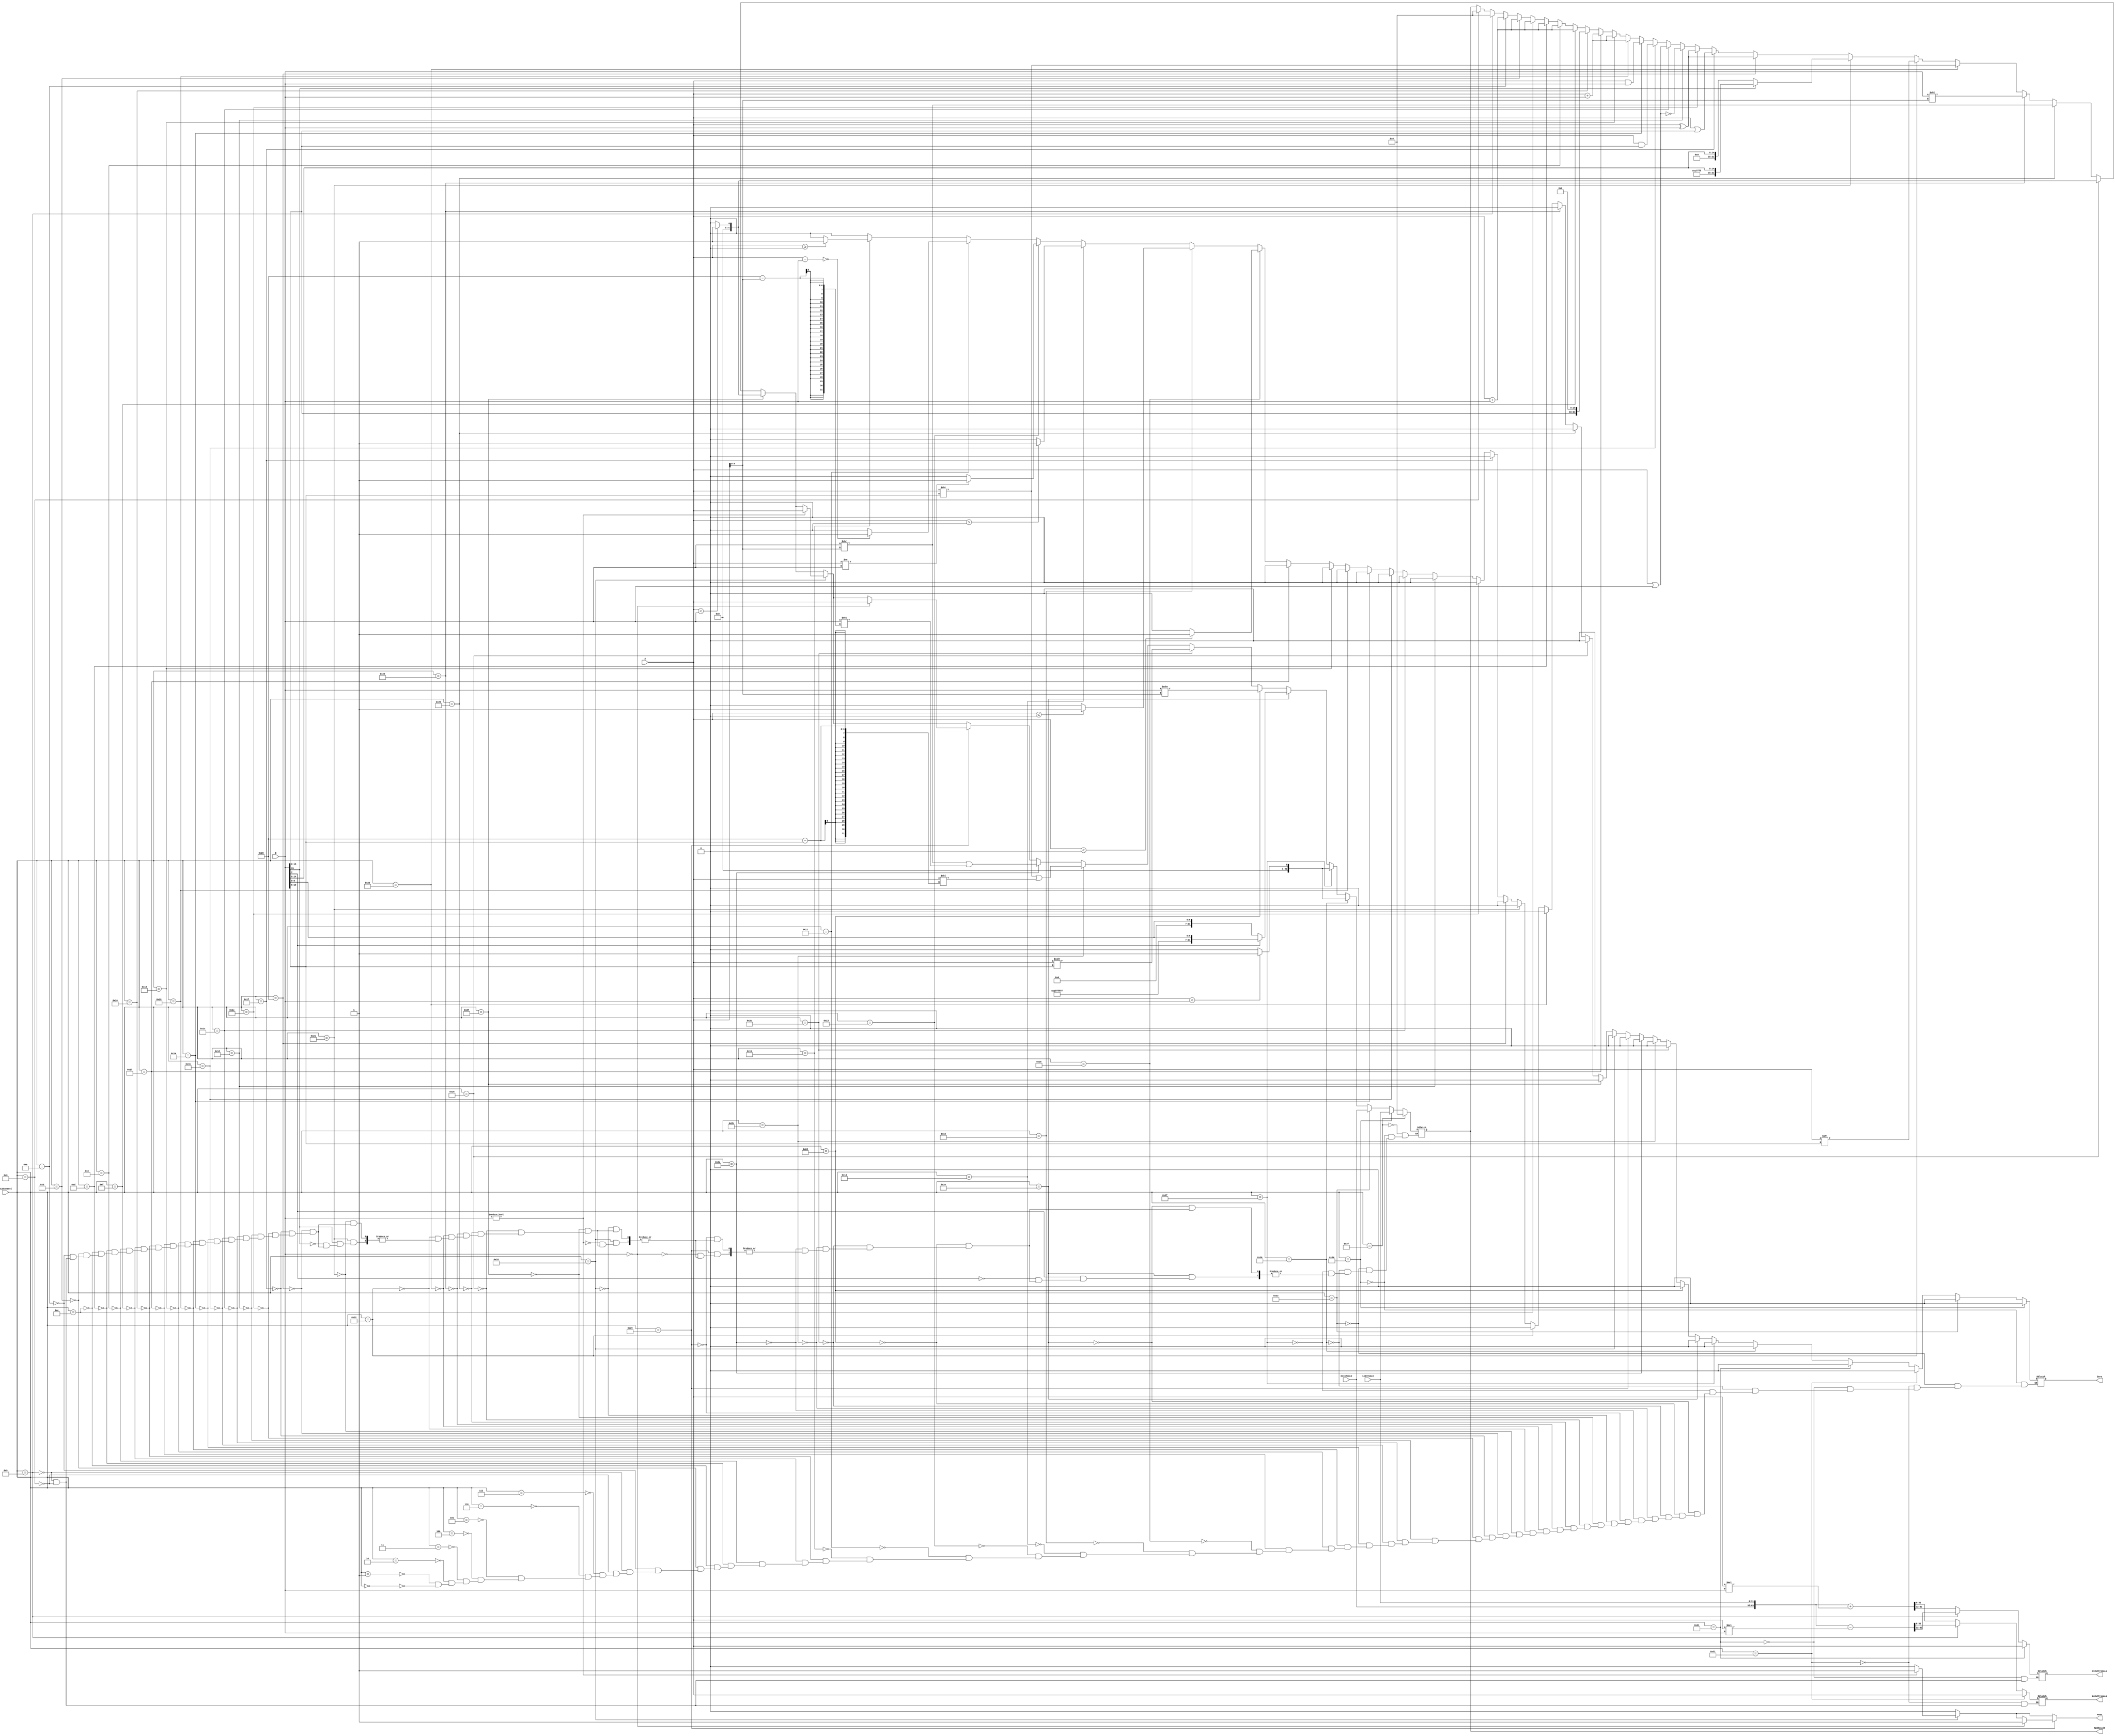
`timescale 1ns / 1ps

////////////////////////////////////////////////////////////////////////////////
// ECE369 - Computer Architecture
// 
// Module - ALU32Bit.v
// Description - 32-Bit wide arithmetic logic unit (ALU).
//
// INPUTS:-
// ALUControl: N-Bit input control bits to select an ALU operation.
// A: 32-Bit input port A.
// B: 32-Bit input port B.
//
// OUTPUTS:-
// ALUResult: 32-Bit ALU result output.
// ZERO: 1-Bit output flag. 
//
// FUNCTIONALITY:-
// Design a 32-Bit ALU, so that it supports all arithmetic operations 
// needed by the MIPS instructions given in Labs5-8.docx document. 
//   The 'ALUResult' will output the corresponding result of the operation 
//   based on the 32-Bit inputs, 'A', and 'B'. 
//   The 'Zero' flag is high when 'ALUResult' is '0'. 
//   The 'ALUControl' signal should determine the function of the ALU 
//   You need to determine the bitwidth of the ALUControl signal based on the number of 
//   operations needed to support. 
////////////////////////////////////////////////////////////////////////////////

module ALU32Bit(ALUControl, A, B, ALUResult, Zero,HiOutFromALU, LoOutFromALU, HiInToALU, LoInToALU,movn);

input [5:0] ALUControl; // control bits for ALU operation
// you need to adjust the bitwidth as needed
//Need to add something to the reg write so that it does nto write to the 
//ALU when the result of movz and movn is one    
input [31:0] A, B;	    // inputs
output reg [31:0] HiOutFromALU, LoOutFromALU;
output movn;
input [31:0] HiInToALU, LoInToALU;
reg [63:0]Temp2,Temp1;
output reg [31:0] ALUResult;	// answer
reg [63:0] Temp;
output reg Zero;	    // Zero=1 if ALUResult == 0
integer x;

always@*begin
x<=0;
HiOutFromALU<=0;
LoOutFromALU<=0;
if(ALUControl==6'b000000)begin//Add 
ALUResult <= $signed(A) + $signed(B);
Zero<=0;
end
if(ALUControl==6'b000001)begin//addi
ALUResult <= $signed(A) + $signed(B);
Zero<=0;
end
if(ALUControl==6'b000010)begin//addu
ALUResult <= A + B;
Zero<=0;
end
if(ALUControl==6'b000011)begin//addiu
ALUResult <= A + B;
Zero<=0;
end
if(ALUControl==6'b000100)begin//sub
ALUResult <= $signed(A) - $signed(B);
Zero<=0;
end
if(ALUControl==6'b000101)begin//mul
Temp = $signed(A) * $signed(B);
ALUResult<=Temp[31:0];
Zero<=0;
end
if(ALUControl==6'b000110)begin//mult
Temp = $signed(A) * $signed(B);
ALUResult <= 0; 
HiOutFromALU <= Temp[63:32];
LoOutFromALU <= Temp [31:0];
Zero<=0;
end
if(ALUControl==6'b000111)begin//multu
Temp = A * B;
ALUResult <= 0; 
HiOutFromALU <= Temp[63:32];
LoOutFromALU <= Temp [31:0];
Zero<=0;
end
if(ALUControl==6'b001000)begin//madd
//Temp = {HiInToALU, LoInToALU} + ($signed(A)*$signed(B));
Temp1 = {HiInToALU, LoInToALU};
Temp2 = $signed(A)*$signed(B);
Temp=Temp1+Temp2;
ALUResult = 0; 
HiOutFromALU = Temp[63:32];
LoOutFromALU = Temp [31:0];
Zero<=0;
end
if(ALUControl==6'b001001)begin//msub
Temp = {HiInToALU, LoInToALU} - ($signed(A)*$signed(B));
ALUResult <= 0; 
HiOutFromALU = Temp[63:32];
LoOutFromALU = Temp [31:0];
Zero<=0;
end



if(ALUControl==6'b001010)begin//lw
ALUResult <= $signed(A) + $signed(B);
Zero<=0;
end
if(ALUControl==6'b001011)begin//sw
ALUResult <= $signed(A) + $signed(B);
Zero<=0;
end
if(ALUControl==6'b001100)begin//sb
ALUResult <= $signed(A) + $signed(B);
Zero<=0;
end
if(ALUControl==6'b001101)begin//lh
ALUResult <= $signed(A) + $signed(B);
Zero<=0;
end
if(ALUControl==6'b001110)begin//lb
ALUResult <= $signed(A) + $signed(B);
Zero<=0;
end
if(ALUControl==6'b001111)begin//sh
ALUResult <= $signed(A) + $signed(B);
Zero<=0;
end
if(ALUControl==6'b010000)begin//lui
ALUResult <={B[15:0], 16'h0000};
Zero<=0;
end
if(ALUControl==6'b010001)begin//bgez//just do checks and 1 if the check is true
    if($signed(A)>=0)begin
    Zero<=1'b1;
    end
    else begin
    Zero<=1'b0;
    end
end
if(ALUControl==6'b010010)begin//beq
    if(($signed(A)-$signed(B))==0) begin
    Zero<=1'b1;
    end
    else begin
    Zero<=1'b0;
    end
end
if(ALUControl==6'b010011)begin//bne
    if($signed(A)!=$signed(B)) begin
    Zero<=1'b1;
    end
    else begin
    Zero<=1'b0;
    end
 
end
if(ALUControl==6'b010100)begin//bgtz
 if($signed(A)>0) begin
   Zero<=1'b1;
   end
   else begin
   Zero<=1'b0;
   end
    
end
if(ALUControl==6'b010101)begin//blez
  if($signed(A)<=0) begin
   Zero<=1'b1;
   end
   else begin
   Zero<=1'b0;
   end
end
if(ALUControl==6'b010110)begin//bltz
   if($signed(A)<0) begin
   Zero<=1'b1;
   end
   else begin
   Zero<=1'b0;
   end
end
if(ALUControl==6'b010111)begin//j
ALUResult <= A + B;
Zero<=0;
end
if(ALUControl==6'b011000)begin//jr
ALUResult <= A + B;
Zero<=0;
end
if(ALUControl==6'b011001)begin//jal
ALUResult <= A + B;
Zero<=0;
end
if(ALUControl==6'b011010)begin//and
ALUResult <= A&B;
Zero<=0;
end
if(ALUControl==6'b011011)begin//andI
ALUResult <= A&{16'B0000000000000000, B[15:0]};
Zero<=0;
end
if(ALUControl==6'b011100)begin//or
ALUResult <= A|B;
Zero<=0;
end
if(ALUControl==6'b011101)begin//nor
ALUResult <= ~(A|B);
Zero<=0;
end
if(ALUControl==6'b011110)begin//xor
ALUResult <= A^B;
Zero<=0;
end
if(ALUControl==6'b011111)begin//ori
ALUResult <= A|{16'h0000,B[15:0]};
Zero<=0;
end
if(ALUControl==6'b100000)begin//xor
ALUResult <= A^B;
Zero<=0;
end
if(ALUControl==6'b100001)begin//seh
 if (B[15]==0)begin
             ALUResult <= {16'b0000,B[15:0]};
   
         end
         else if(B[15]==1)begin
             ALUResult <= {16'hFFFF,B[15:0]};
         end
         Zero<=0;
end
if(ALUControl==6'b100010)begin//sll
ALUResult <= A<<B[10:6];//sll
Zero<=0;
end
if(ALUControl==6'b100011)begin//srl
ALUResult <= A>>B[10:6];//srl
Zero<=0;
end
if(ALUControl==6'b100100)begin//sllv
ALUResult <= B<<A[4:0];
Zero<=0;
end
if(ALUControl==6'b100101)begin//srlv
ALUResult <= B>>A[4:0];
Zero<=0;
end
if(ALUControl==6'b100110)begin//slt
if($signed(A)<$signed(B)) begin
ALUResult <= 1;
end
else begin
ALUResult<=0;
end
Zero<=0;
end
if(ALUControl==6'b100111)begin//slti
if($signed(A)<$signed(B)) begin
ALUResult <= 1;
end
else begin
ALUResult<=0;
end
Zero<=0;
end
if(ALUControl==6'b101000)begin//movn
if(B!=0) begin
ALUResult <=A;
x<=1;
end
Zero<=0;
end
if(ALUControl==6'b101001)begin//movz
if(B==0) begin
ALUResult <=A;
x<=1;
end
Zero<=0;
end
if(ALUControl==6'b101010)begin//rotrv
 ALUResult <= ((B >> A[4:0]) | (B << (32-A[4:0])));  
Zero<=0;
end
if(ALUControl==6'b101011)begin//rotr
 ALUResult <= ((A >> B[10:6]) | (A << (32-B[10:6])));   
Zero<=0;
end
if(ALUControl==6'b101100)begin//sra
ALUResult <= $signed(A)>>>B[10:6];
Zero<=0;
end
if(ALUControl==6'b101101)begin//srav
ALUResult <= $signed(B)>>>A[4:0];
Zero<=0;
end
if(ALUControl==6'b101110)begin//seb
    if (B[7]==1'b0)begin
        ALUResult <= {24'h000000,B[7:0]};

    end
    else if(B[7]==1'b1)begin
        ALUResult <= {24'hffffff,B[7:0]};
    end
    Zero<=0;
end
if(ALUControl==6'b101111)begin//sltiu
if(A<B) begin
ALUResult <= 1;
end
else begin
ALUResult<=0;
end
Zero<=0;
end
if(ALUControl==6'b110000)begin//sltu
if(A<B) begin
ALUResult <= 1;
end
else begin
ALUResult<=0;
end
Zero<=0;
end
if((ALUControl==6'b110001))begin//mthi
HiOutFromALU <= A;
Zero<=0;
end
if(ALUControl==6'b110010)begin//mtlo
LoOutFromALU<= A;
Zero<=0;
end
if(ALUControl==6'b110011)begin//mfhi
ALUResult <= HiInToALU;
Zero<=0;
end
if(ALUControl==6'b110100)begin//mflo
ALUResult <= LoInToALU;
Zero<=0;
end
if (ALUControl == 6'b111111)begin
ALUResult<=0;
end
end

assign movn = x;
endmodule